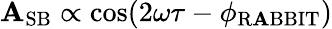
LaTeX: \mathbf{A}_{\mathrm{{SB}}}\propto\cos(2\omega\tau-\phi_{\mathrm{{R\mathbf{A}BBIT}}})